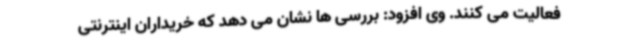
فعالیت می کنند. وی افزود: بررسی ها نشان می دهد که خریداران اینترنتی